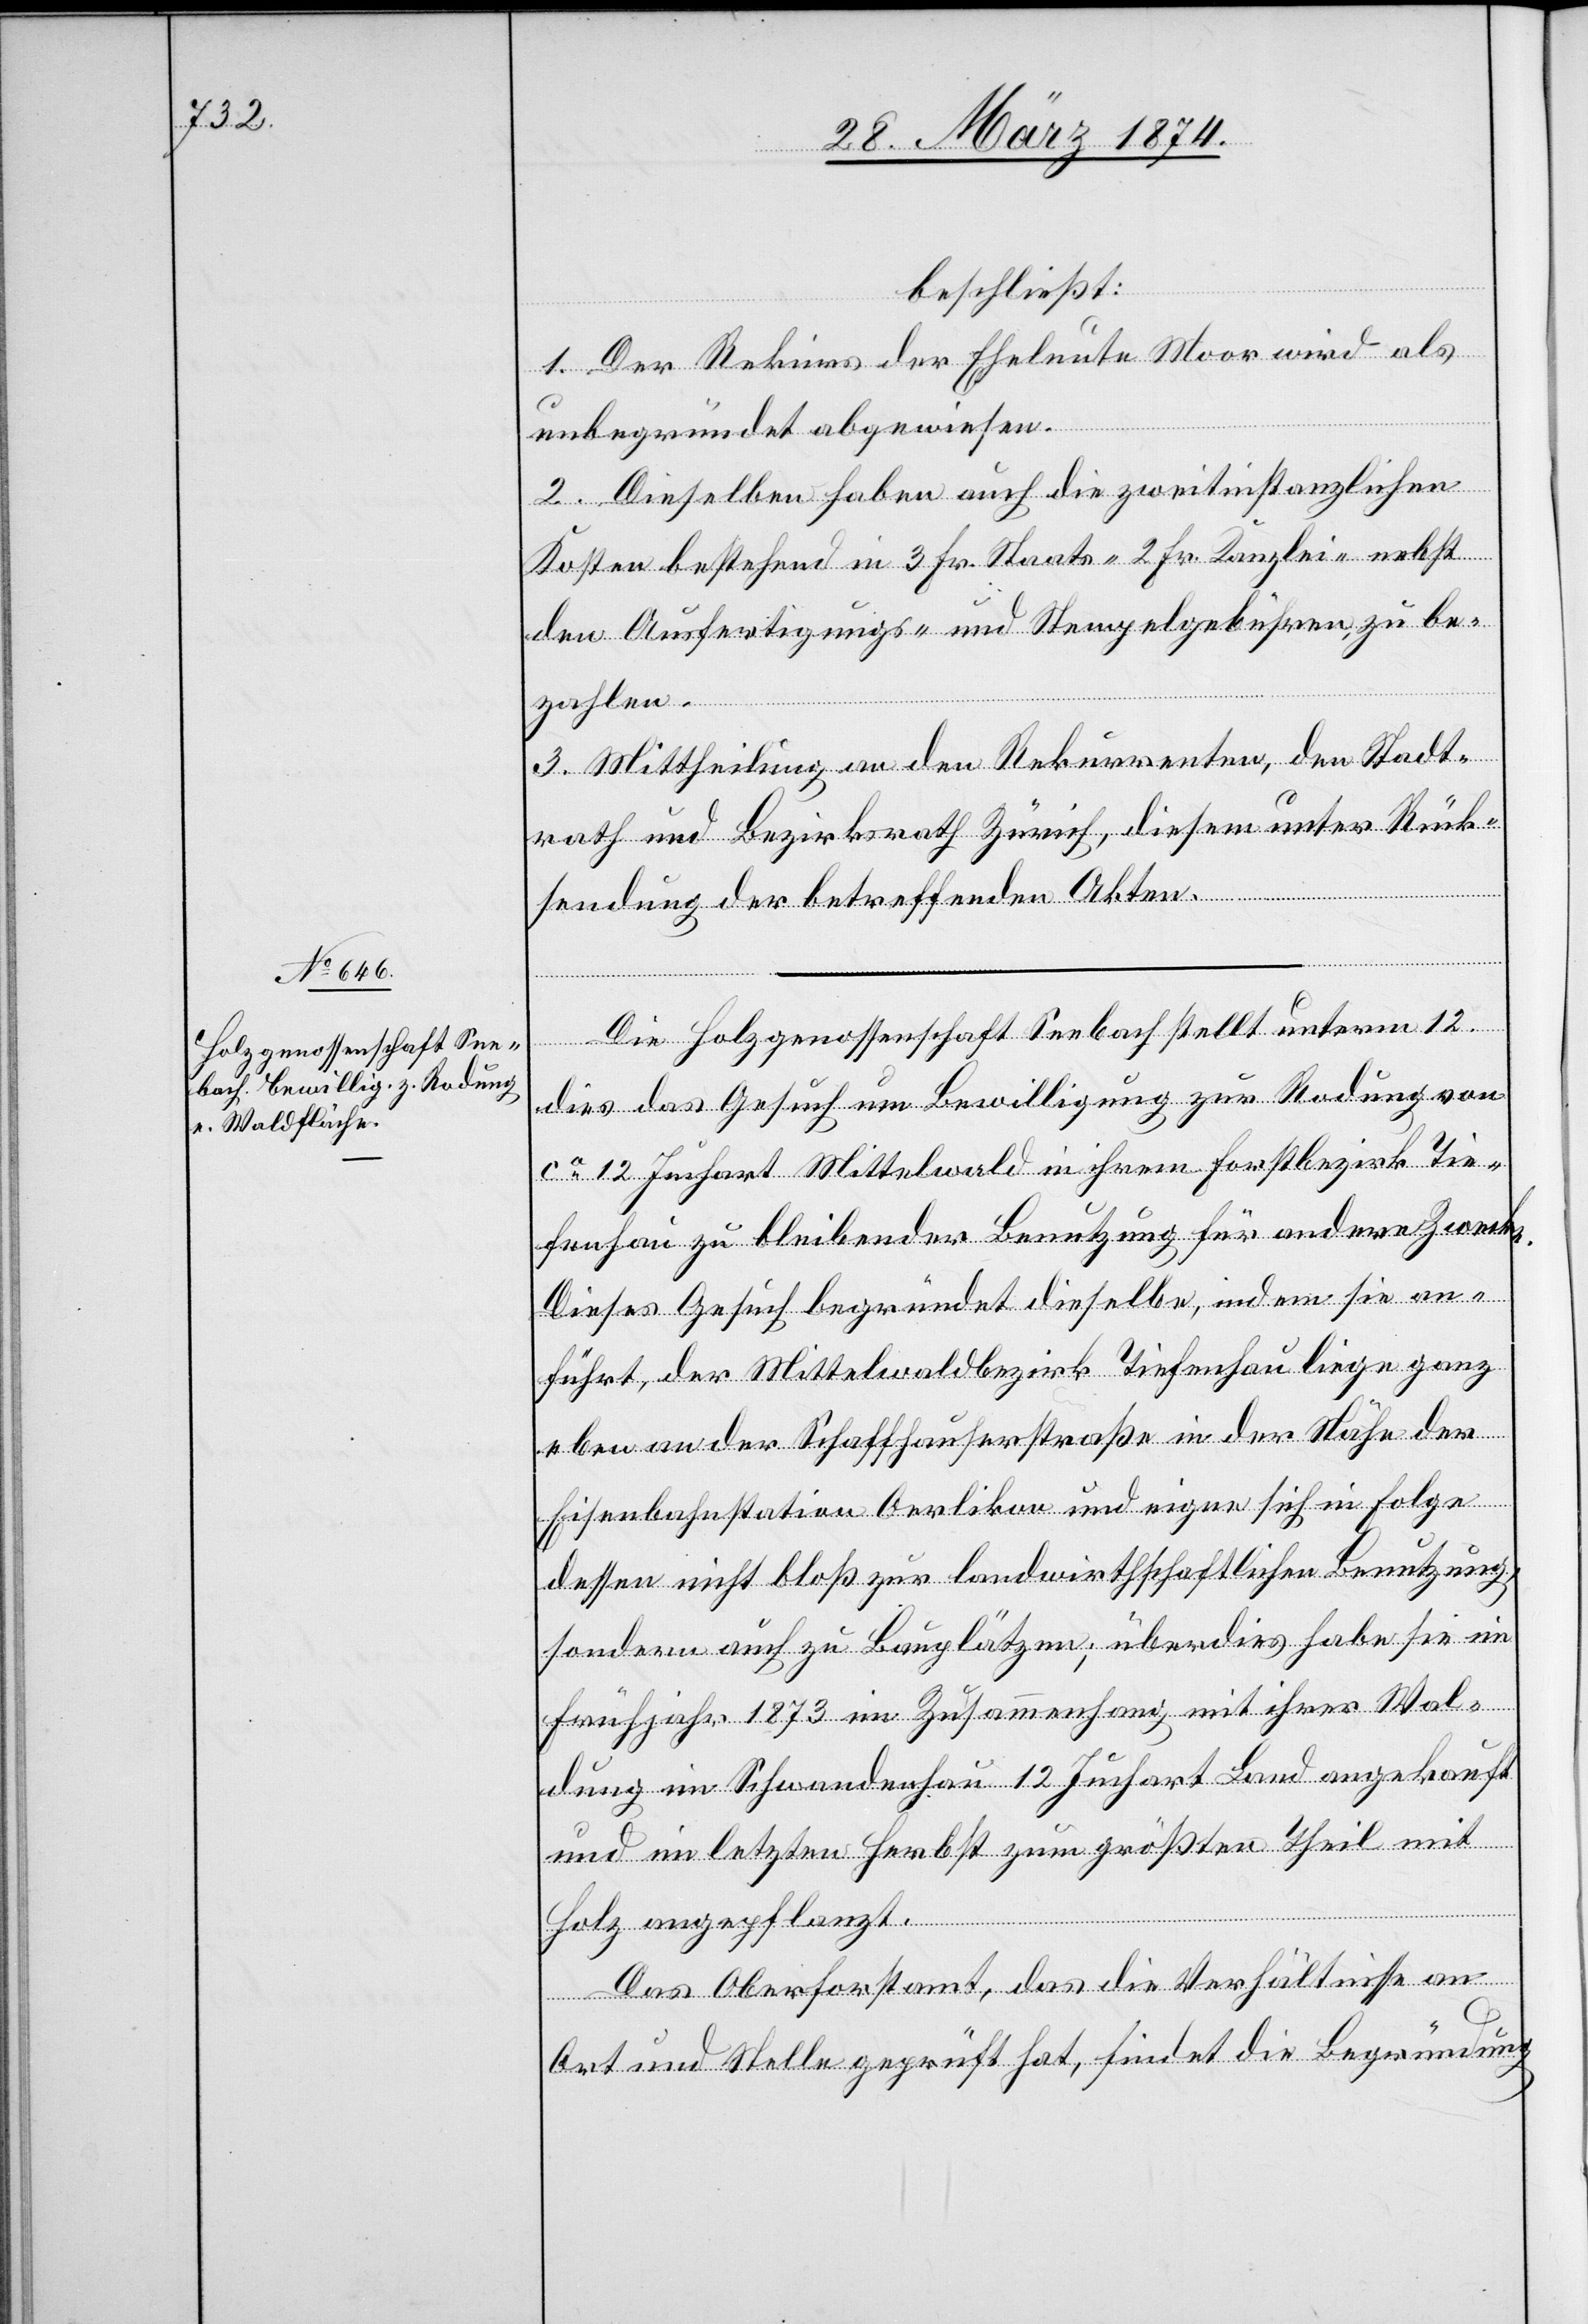
beschließt:
1. Der Rekurs der Eheleute Moor wird als
unbegründet abgewiesen.
2. Dieselben haben auch die zweitinstanzlichen
Kosten bestehend in 3 Fr. Staats-[,] 2 Fr. Kanzlei-[,] nebst
den Ausfertigungs- und Stempelgebühren zu be¬
zahlen.
3. Mittheilung an den Rekurrenten, den Stadt¬
rath und Bezirksrath Zürich, diesem unter Rück¬
sendung der betreffenden Akten.
Die Holzgenossenschaft Seebach stellt unterm 12.
dies das Gesuch um Bewilligung zur Rodung von
ca 12 Juchart Mittelwald in ihrem Forstbezirk Tie¬
fenhau zu bleibender Benutzung für andere Zwecke.
Dieses Gesuch begründet dieselbe, indem sie an¬
führt, der Mittelwaldbezirk Tiefenhau liege ganz
eben an der Schaffhauserstraße in der Nähe der
Eisenbahnstation Oerlikon und eigne sich in Folge
dessen nicht bloß zur landwirthschaftlichen Benutzung,
sondern auch zu Bauplätzen, überdies habe sie im
Frühjahr 1873 im Zusammenhang mit ihrer Wal¬
dung im Schwandenhau 12 Juchart Land angekauft
und im letzten Herbst zum größten Theil mit
Holz angepflanzt.
Das Oberforstamt, das die Verhältnisse an
Ort und Stelle geprüft hat, findet die Begründung